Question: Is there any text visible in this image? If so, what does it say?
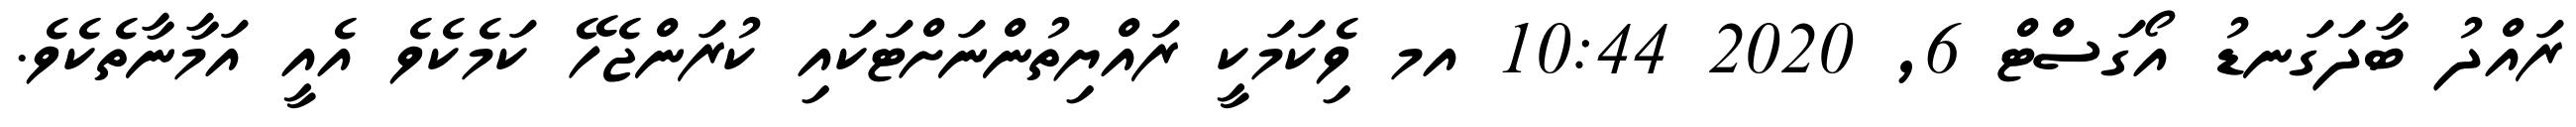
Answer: ރައްދު ބާދަގަނޑު އޯގަސްޓް 6, 2020 10:44 އމ ވެިކަމަކީ ރައްޔިތުންނަށްޓަކައި ކުރަންޖެހޭ ކަމެކެވެ އެއީ އަމާނާތެކެވެ.